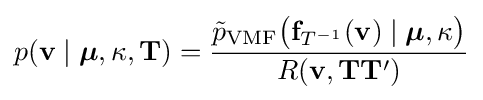
p(\mathbf {v} \mid {\boldsymbol {\mu }},\kappa ,\mathbf {T} )={\frac {{\tilde {p}}_{\text{VMF}}{\bigl (}\mathbf {f} _{T^{-1}}(\mathbf {v} )\mid {\boldsymbol {\mu }},\kappa {\bigr )}}{R(\mathbf {v} ,\mathbf {T} \mathbf {T} ')}}